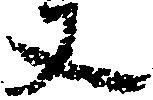
丈